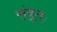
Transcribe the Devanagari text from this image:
संवृतः